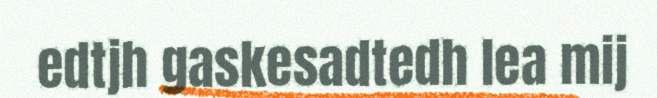
edtjh gaskesadtedh lea mij